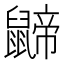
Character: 𪕬